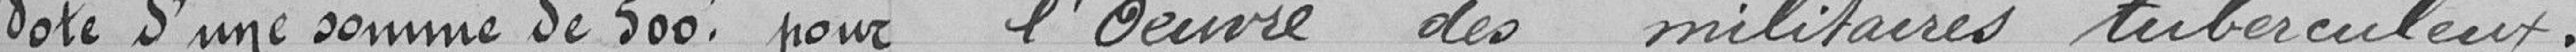
Vote d'une somme de 500 frans pour ....   l'Oeuvre des militaires tuberculeux